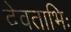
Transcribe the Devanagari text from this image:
देवताभिः